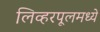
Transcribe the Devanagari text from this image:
लिव्हरपूलमध्ये